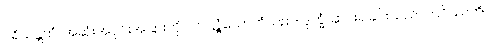
ပရိယန္တကံ၊ အဆုံးအပိုင်းအခြားကိုပြုလတ္တံ့သောကံသည်။ ဒုက္ခံ၊ ဆင်းရဲခြင်းသည်။ ဘဝိဿတိ၊